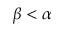
\beta < \alpha